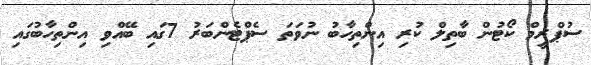
ސުޕްރީމް ކޯޓުން ބާތިލް ކުރި އިންތިހާބު ނުވަތަ ސެޕްޓެންބަރު 7ގައި ބޭއްވި އިންތިހާބުގައި